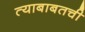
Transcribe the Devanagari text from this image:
त्याबाबतची